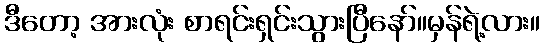
ဒီတော့ အားလုံး စာရင်းရှင်းသွားပြီနော်။မှန်ရဲ့လား။